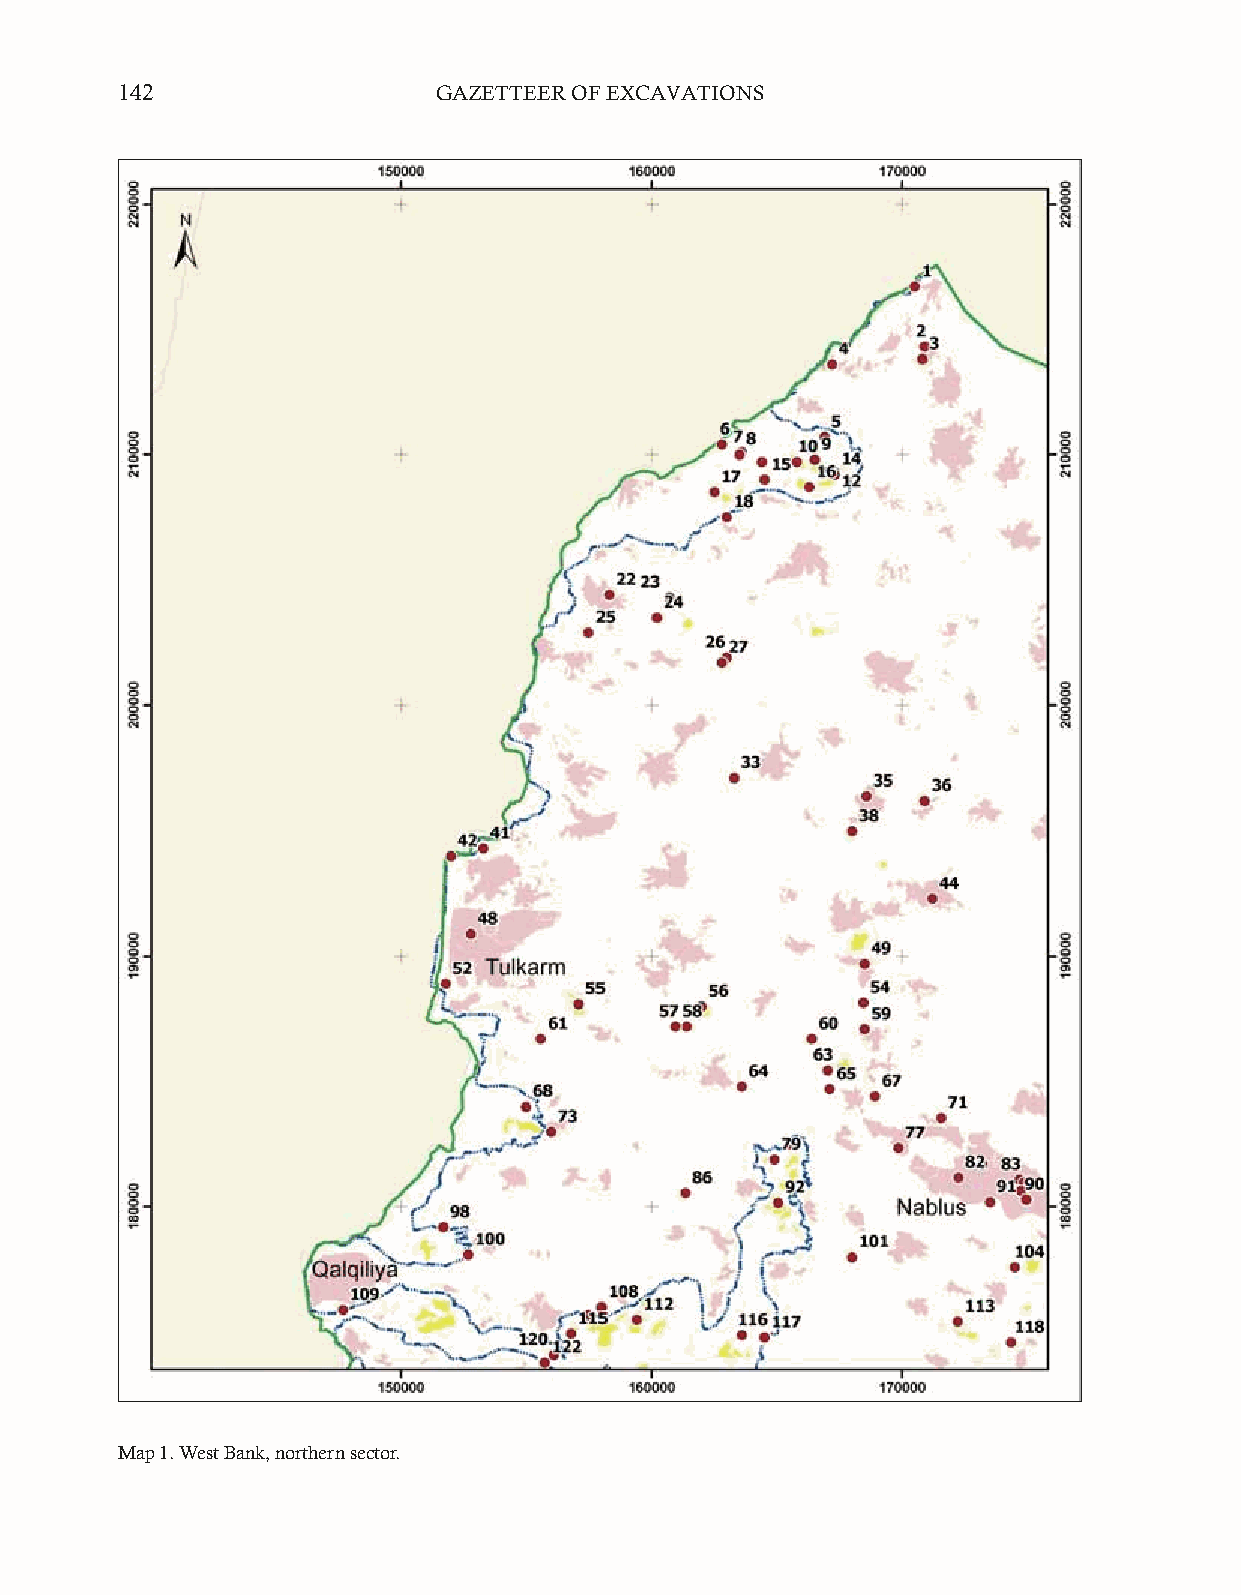
142                  GAZETTEER OF EXCAVATIONS
 Map 1. West Bank, northern sector.